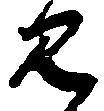
見